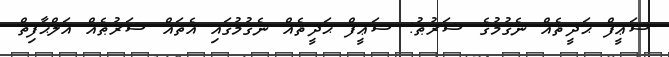
ޟަޢީފް ޙަދީޘެއް ނެގުމުގެ ޝަރުޠު: ޟަޢީފް ޙަދީޘެއް ނެގުމުގައި އެތައް ޝަރުޠެއް އަލްޙާފިޡް